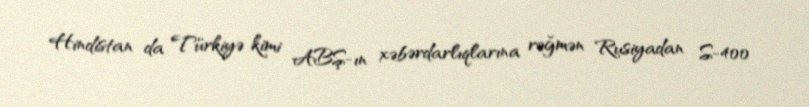
Hindistan da Türkiyə kimi ABŞ-ın xəbərdarlıqlarına rəğmən Rusiyadan S-400